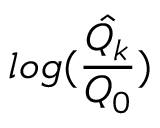
l o g ( \hat { \frac { Q _ { k } } { Q _ { 0 } } } )